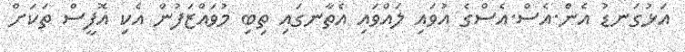
އަޅުގަނޑު އެން.އެސް.އެސްގެ އުވައި ލައްވައި އެތާނގައި ތިބި މުވައްޒަފުން އެކި އޮފީސް ތަކަށް